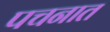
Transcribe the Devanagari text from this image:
पचनात